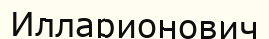
Илларионович